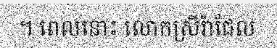
។ ពេលនោះ លោកស្រីរ៉ាជែល